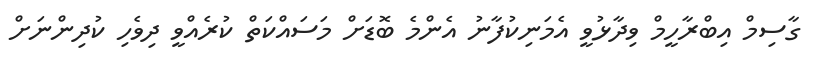
ގާސިމް އިބްރާހީމް ވިދާޅުވީ އެމަނިކުފާނު އެންމެ ބޮޑަށް މަސައްކަތް ކުރެއްވީ ދިވެހި ކުދިންނަށް